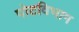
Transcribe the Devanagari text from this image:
पोटविभाग